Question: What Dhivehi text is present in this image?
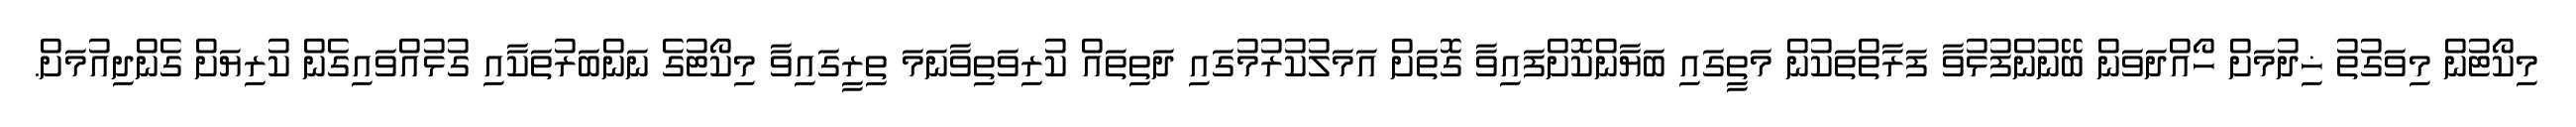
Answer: މިކޯޓުން މިވަގުތު ޚިދުމަށް ހޯއްދަވަން ބޭނުންފުޅުވާ ފަރާތްތަކުން މަތީގައި ބަޔާންކޮށްފައިވާ ގޮތަށް އަމަލުކުރުމުގައި ދަތިތައް ކުރިވަތިވާނަމަ ތިރީގައިވާ މިކޯޓުގެ ނަންބަރުތަކާއި ގުޅުއްވައިގެން ކުރިޔަށް ގެންދިއުމަށް.